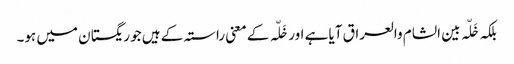
بلکہ خَلّہ بین الشام والعراق آیا ہے اور خَلّہ کے معنی راستہ کے ہیں جو ریگستان میں ہو۔